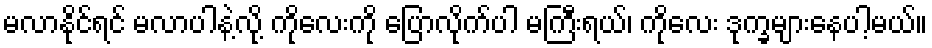
မလာနိုင်ရင် မလာပါနဲ့လို့ ကိုလေးကို ပြောလိုက်ပါ မကြီးရယ်၊ ကိုလေး ဒုက္ခများနေပါ့မယ်။